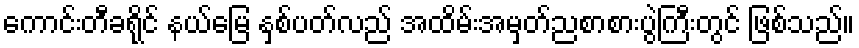
ကောင်းတီခရိုင် နယ်မြေ နှစ်ပတ်လည် အထိမ်းအမှတ်ညစာစားပွဲကြီးတွင် ဖြစ်သည်။